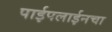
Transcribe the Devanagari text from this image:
पाईपलाईनचा